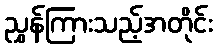
ညွှန်ကြားသည့်အတိုင်း